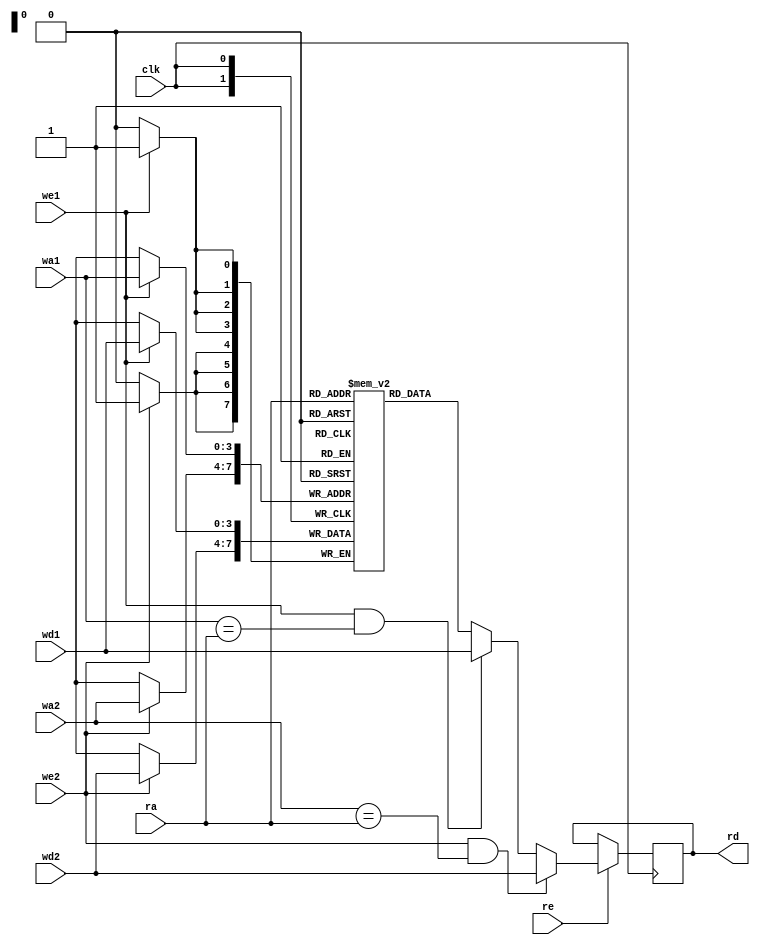
module top(
	input [3:0] ra,
	input [3:0] wa1,
	input [3:0] wa2,
	input [3:0] wd1,
	input [3:0] wd2,
	input we1, we2,
	input re,
	input clk,
	output reg [3:0] rd
);

reg [3:0] mem[0:15];

always @(posedge clk) begin
	if (we1)
		mem[wa1] <= wd1;
	if (we2)
		mem[wa2] <= wd2;
	if (re) begin
		rd <= mem[ra];
		if (we1 && wa1 == ra)
			rd <= wd1;
		if (we2 && wa2 == ra)
			rd <= wd2;
	end
end

endmodule